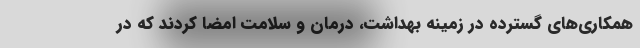
همکاری‌های گسترده در زمینه بهداشت، درمان و سلامت امضا کردند که در